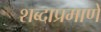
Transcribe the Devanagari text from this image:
शब्दाप्रमाणे